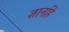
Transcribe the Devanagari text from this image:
ज्ञानहिं